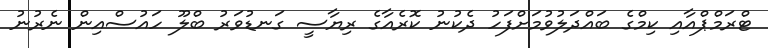
ޓްރަމްޕްއާއި ކިމްގެ ބައްދަލުވުމަށްފަހު ދެކުނު ކޮރެއާގެ ރިޔާސީ ގަނޑުވަރު ބްލޫ ހައުސްއިން ނެރުނު